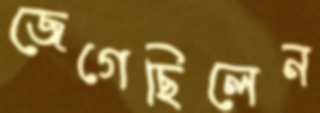
জেগেছিলেন